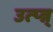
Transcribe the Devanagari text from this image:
उत्प्‍न्न्